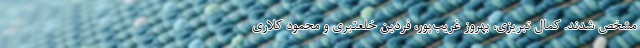
مشخص شدند. کمال تبریزی، بهروز غریب‌پور، فردین خلعتبری و محمود کلاری